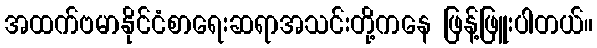
အထက်ဗမာနိုင်ငံစာရေးဆရာအသင်းတို့ကနေ ဖြန့်ဖြူးပါတယ်။